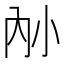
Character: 𪧿